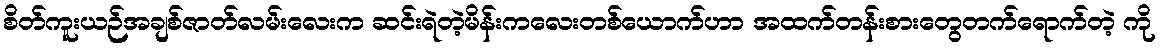
စိတ်ကူးယဉ်အချစ်ဇာတ်လမ်းလေးက ဆင်းရဲတဲ့မိန်းကလေးတစ်ယောက်ဟာ အထက်တန်းစားတွေတက်ရောက်တဲ့ ကို